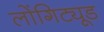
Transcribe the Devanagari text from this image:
लोंगिट्यूड